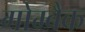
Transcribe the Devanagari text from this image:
गोम्बैक